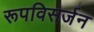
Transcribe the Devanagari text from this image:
रूपविसर्जन